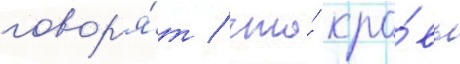
говор'я́т / что́ кро́вь